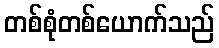
တစ်စုံတစ်ယောက်သည်